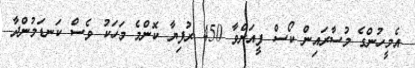
އެމީހުންގެ މުސާރައިން ކޯސް ފީއަށްވާ 450 ރުފިޔާ ކޮންމެ މަހަކު ވެސް ކަނޑަމުންދާ